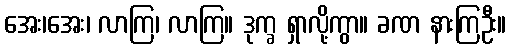
အေး၊အေး၊ လာကြ၊ လာကြ။ ဒုက္ခ ရှာလို့ကွာ။ ခဏ နားကြဦး။